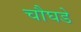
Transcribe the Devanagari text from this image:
चौघडे